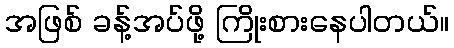
အဖြစ် ခန့်အပ်ဖို့ ကြိုးစားနေပါတယ်။